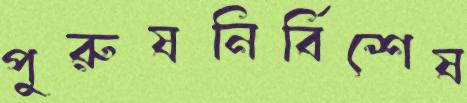
পুরুষনির্বিশেষ